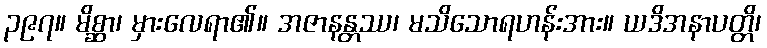
၃၉၇။ မိစ္ဆာ၊ မှားလေရာ၏။ အဇာနန္တဿ၊ မသိသောရဟန်းအား။ ယဒိအနာပတ္တိ၊